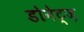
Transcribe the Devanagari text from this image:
डोनेट्ज़